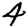
Digit: 4